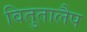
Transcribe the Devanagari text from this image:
वितुतालैप